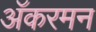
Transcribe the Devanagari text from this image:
अॅकरमन